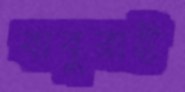
বাবুরাই